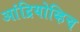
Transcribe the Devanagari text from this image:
आंद्रियोव्हिच